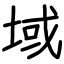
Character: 域